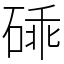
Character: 䂷